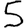
Digit: 5